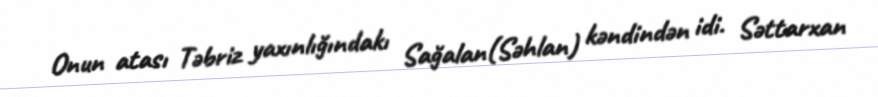
Onun atası Təbriz yaxınlığındakı Sağalan(Səhlan) kəndindən idi. Səttarxan